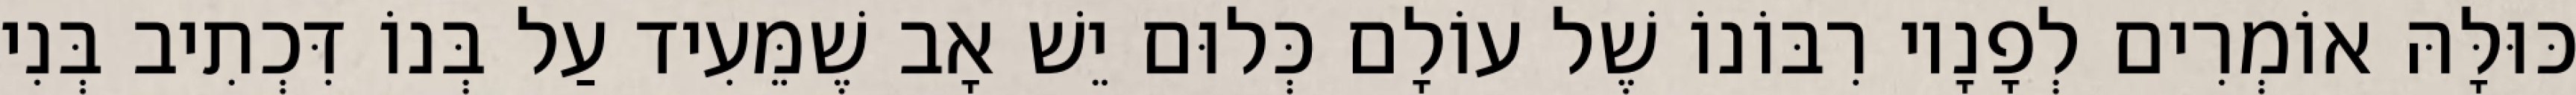
כּוּלָּהּ אוֹמְרִים לְפָנָיו רִבּוֹנוֹ שֶׁל עוֹלָם כְּלוּם יֵשׁ אָב שֶׁמֵּעִיד עַל בְּנוֹ דִּכְתִיב בְּנִי